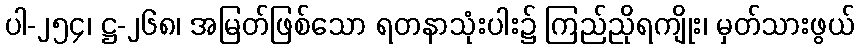
ပါ-၂၅၄၊ ဋ္ဌ-၂၆၈၊ အမြတ်ဖြစ်သော ရတနာသုံးပါး၌ ကြည်ညိုရကျိုး၊ မှတ်သားဖွယ်